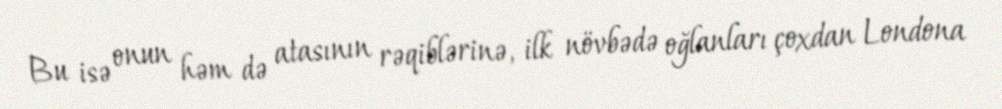
Bu isə onun həm də atasının rəqiblərinə, ilk növbədə oğlanları çoxdan Londona